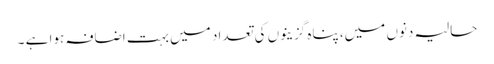
حالیہ دنوں میں، پناہ گزینوں کی تعداد میں بہت اضافہ ہوا ہے ۔